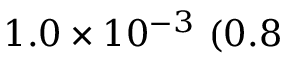
1 . 0 \times 1 0 ^ { - 3 } ~ ( 0 . 8 \